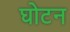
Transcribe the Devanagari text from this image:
घोटन